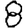
Digit: 8